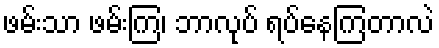
ဖမ်းသာ ဖမ်းကြ၊ ဘာလုပ် ရပ်နေကြတာလဲ